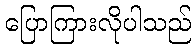
ပြောကြားလိုပါသည်